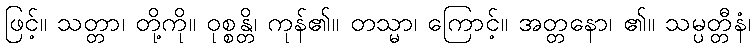
ဖြင့်။ သတ္တာ၊ တို့ကို။ ဝုစ္စန္တိ၊ ကုန်၏။ တသ္မာ၊ ကြောင့်။ အတ္တနော၊ ၏။ သမ္ပတ္တီနံ၊